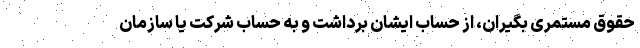
حقوق مستمری بگیران، از حساب ایشان برداشت و به حساب شرکت یا سازمان